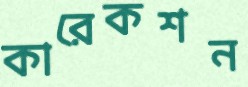
কারেকশন